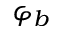
\varphi _ { b }